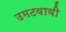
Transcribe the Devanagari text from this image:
उमटवावी